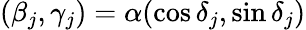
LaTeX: (\beta_{j},\gamma_{j})=\alpha(\cos\delta_{j},\sin\delta_{j})